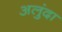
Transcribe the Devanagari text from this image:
अलुंदा